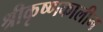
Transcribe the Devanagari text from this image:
श्रीकृष्णकालीन